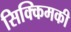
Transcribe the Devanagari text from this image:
सिक्किमकी